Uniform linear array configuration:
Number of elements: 12
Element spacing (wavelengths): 0.5
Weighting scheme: blackman
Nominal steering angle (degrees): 60
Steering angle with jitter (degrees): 60.194
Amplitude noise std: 0.05
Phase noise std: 0.05

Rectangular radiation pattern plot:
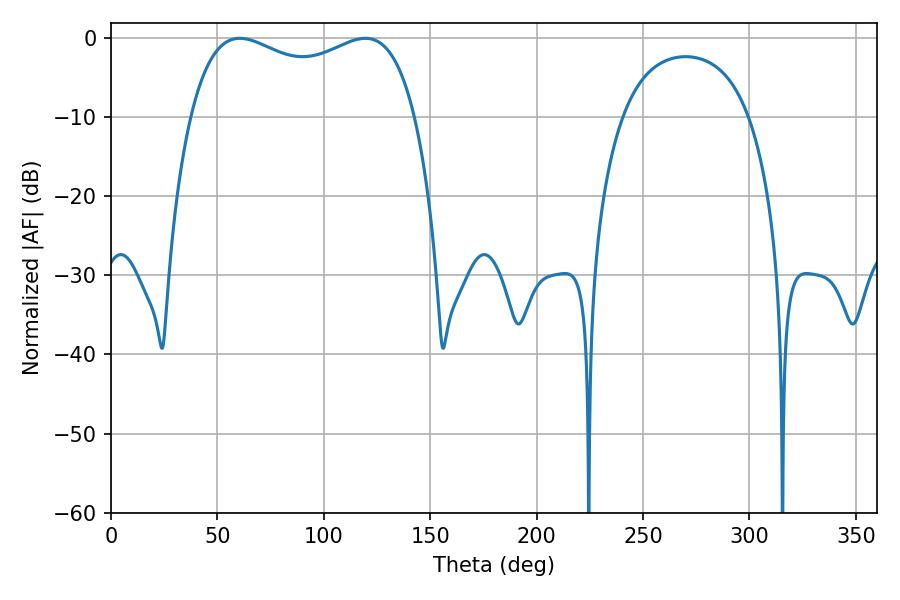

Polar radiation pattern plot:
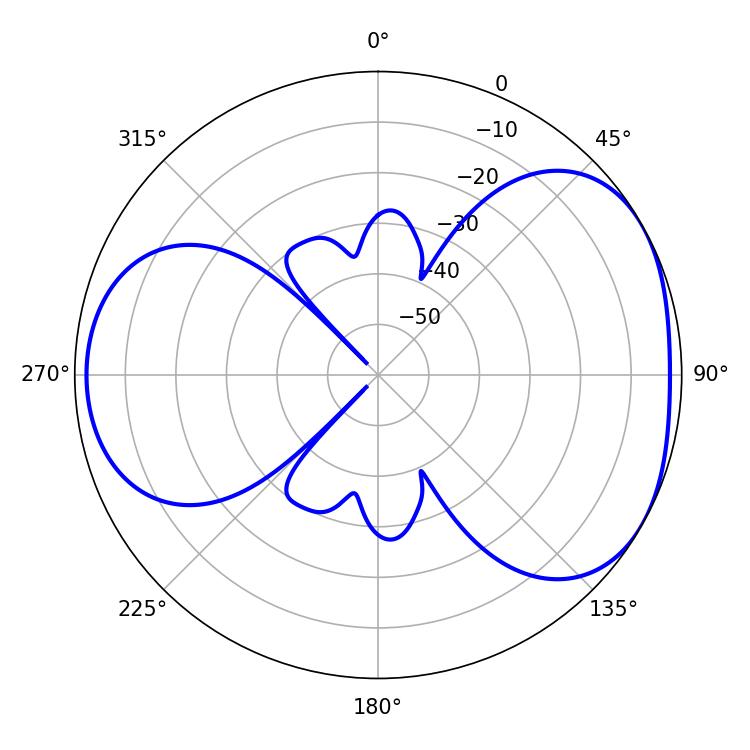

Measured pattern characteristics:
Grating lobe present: FALSE
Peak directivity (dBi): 4.335
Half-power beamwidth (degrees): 87.12
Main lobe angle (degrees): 60.48